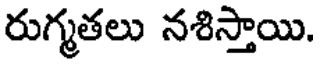
రుగ్మతలు నశిస్తాయి.